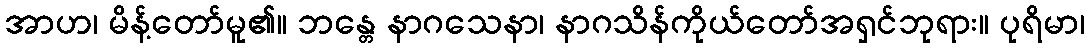
အာဟ၊ မိန့်တော်မူ၏။ ဘန္တေ နာဂသေနာ၊ နာဂသိန်ကိုယ်တော်အရှင်ဘုရား။ ပုရိမာ၊